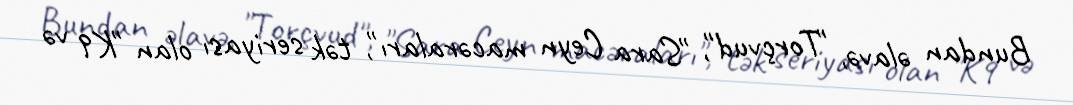
Bundan əlavə, "Torçvud", "Sara Ceyn macəraları", tək seriyası olan "K9 və